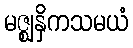
မဇ္ဈနှိကသမယံ